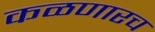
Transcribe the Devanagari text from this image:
कळणारच